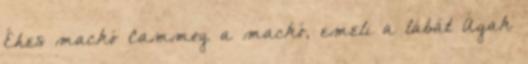
Éhes mackó Cammog a mackó, emeli a lábát Ágak